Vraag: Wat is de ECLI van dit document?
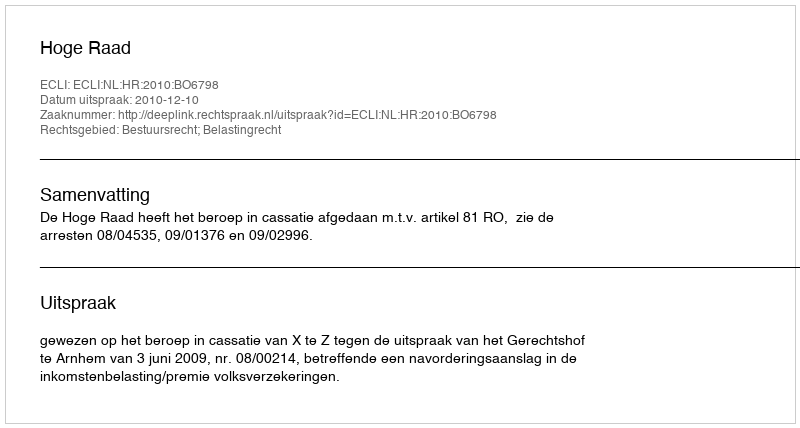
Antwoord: ECLI:NL:HR:2010:BO6798